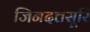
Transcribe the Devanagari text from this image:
जिनदत्तसूरि